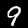
Digit: 9